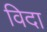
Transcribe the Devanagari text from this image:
विदा